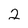
Character: 2